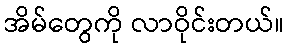
အိမ်တွေကို လာဝိုင်းတယ်။